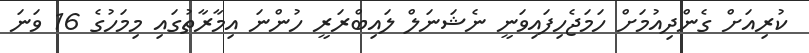
ކުރިއަށް ގެންދިއުމަށް ހަމަޖެހިފައިވަނީ ނެޝަނަލް ލައިބްރަރީ ހުންނަ އިމާރާތުގައި މިމަހުގެ 16 ވަނަ